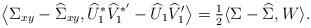
LaTeX: \begin{align*}\bigl\langle\Sigma_{xy}-\widehat{\Sigma}_{xy},\widehat{U}_{1}^{\ast} \widehat{V}_{1}^{\ast^{\prime}}-\widehat{U}_{1}\widehat {V}_{1}^{\prime} \bigr\rangle=\tfrac{1}{2} \langle\Sigma-\widehat{\Sigma},W \rangle.\end{align*}